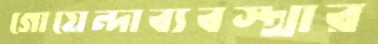
গোয়েন্দাব্যবস্থার